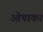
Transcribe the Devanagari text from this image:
ओपाका